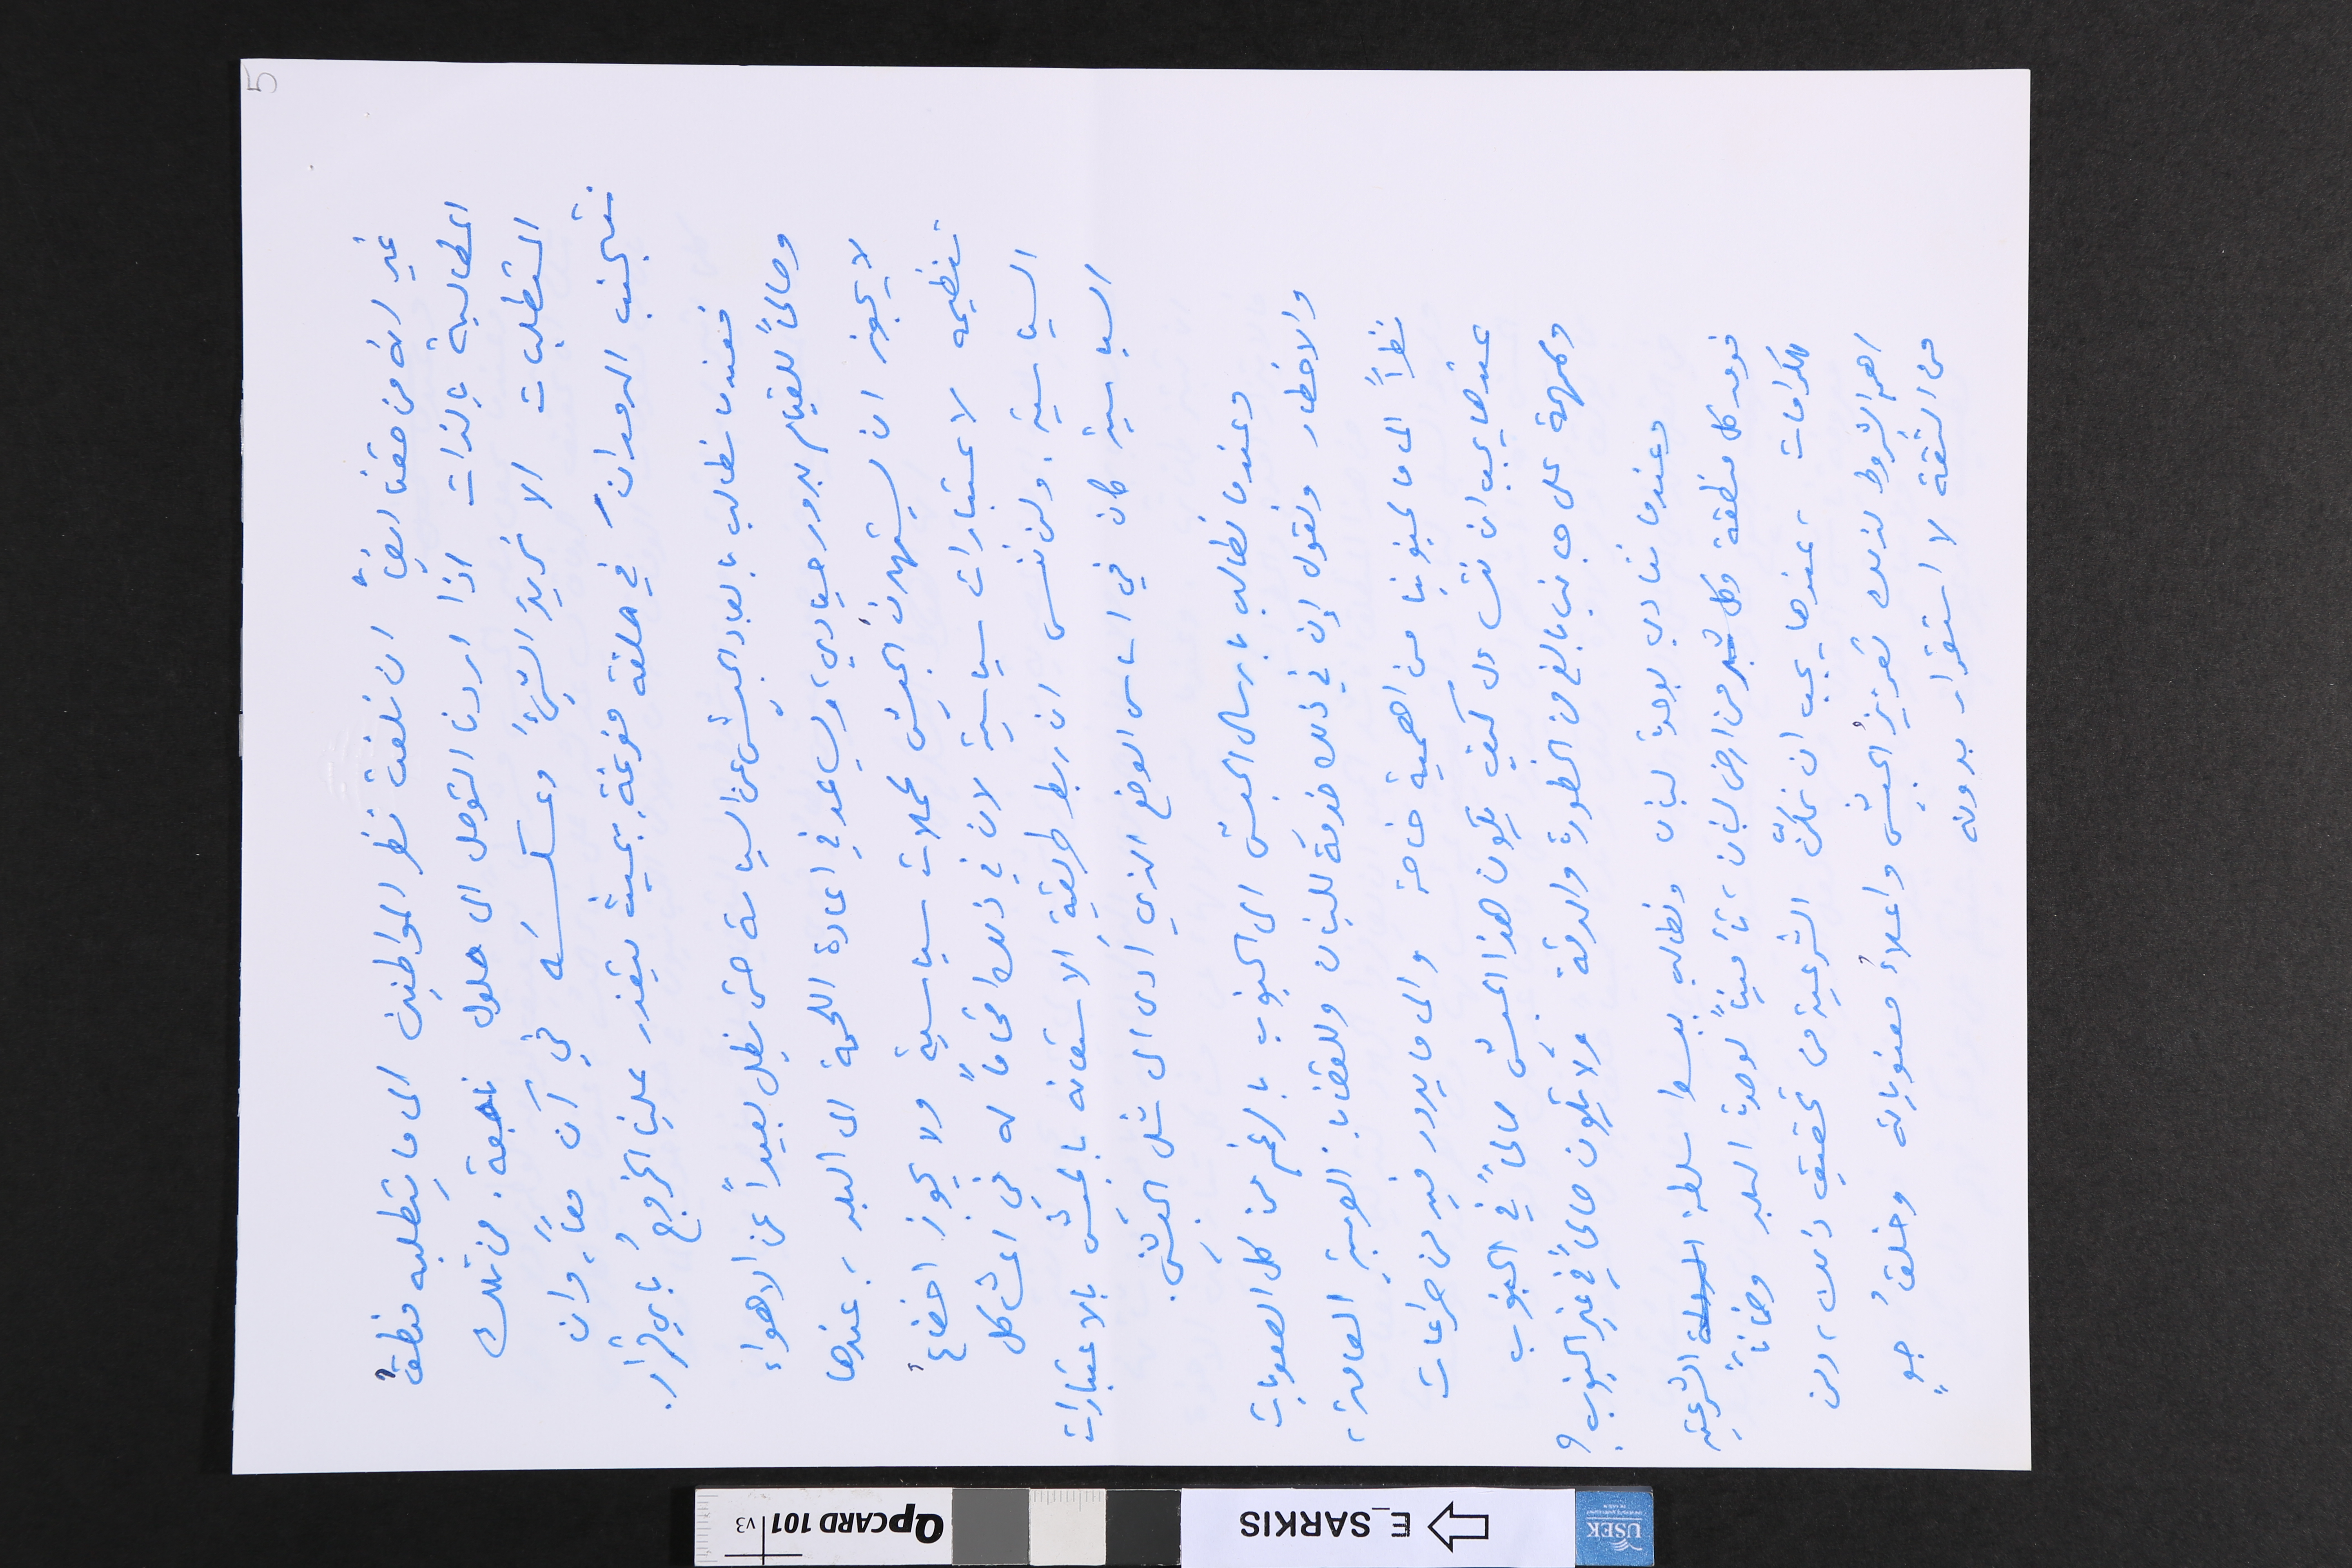
5
غير انه من حقنا ايضاً ان نلفت نظر المواطنين الى ما يتطلبه منطقُ
المطالبة بالذات اذا اردنا التوصل الى حلول ناجعة. من تلك
المتطلبات الا نريدَ الشيءَ وعكسَه في آن معاً، وان
نتجنب الدورانَ في حلقة مفرغةِ بحيث يتعذر علينا الخروجُ باي قرار.
فعندما نطالب بابعاد الجيش عن السياسة حتى يظل بعيداً عن الاهواء
وصالحاً للقيام بدور حيادي، ويساعد في اعادة اللحمة الى البلد ؛ عندها
لا يجوز ان يستهدفَ الجيش لحملات سياسية ولا يجوز اخضاعُ
تنظيمه لاعتبارات سياسية لان في ذلك اقحاماً له في المشاكل
السياسية. ولن ننسى ان ربط طريقة الاستعانه بالجيش بالاعتبارات
السياسية كان في اساس الوضع الذي ادى الى شل الجيش.
وعندما نطالب بارسال الجيش الى الجنوب بالرغم من كل الصعوبات
والاخطار ونقول إن في ذلك خدمَة للبنان وللقضايا. العربية العامة،
نظراً الى ما لجنوبنا من اهمية خاصة والى ما يدور فيه من صراعات
عندها يجب ان نتساءل كيف يكون هذا الجيش صالحاً في الجنوب
ولمهمة على جانب بالغ من الخطورة والدقة ولا يكون صالحاً في غير الجنوب؟
وعندما ننادي بوحدة لبنان ونطالب ببسط سلطة الشرعية
فوق كل منطقة وكل شبر من ارض لبنان، تأميناً لوحدة البلد وضماناً
للكرامات، عندها يجب ان نمكّن الشرعية من تحقيق ذلك، ومن
اهم الشروط لذلك تعزيزُ الجيش واعلاءُ معنوياته وخلقُ جوٍ
من الثّقة لا استقرار بدونه